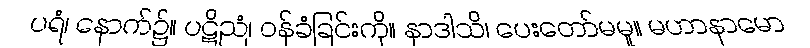
ပရံ၊ နောက်၌။ ပဋိညံ၊ ဝန်ခံခြင်းကို။ နာဒါသိ၊ ပေးတော်မမူ။ မဟာနာမော